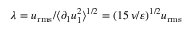
\lambda = u _ { \mathrm { r m s } } / \langle \partial _ { 1 } u _ { 1 } ^ { 2 } \rangle ^ { 1 / 2 } = ( 1 5 \, \nu / \varepsilon ) ^ { 1 / 2 } u _ { \mathrm { r m s } }